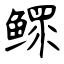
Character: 鳏